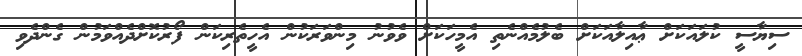
ސިޔާސީ ކުލައަކަށް ޢާއިލާއަކަށް ބެލުމެއްނެތި އެމީހަކަށް ވެވުނު މިންވަރަކުން އެހީތެރިކަން ފޯރުކޮށްދެއްވަމުން ގެންދެވި